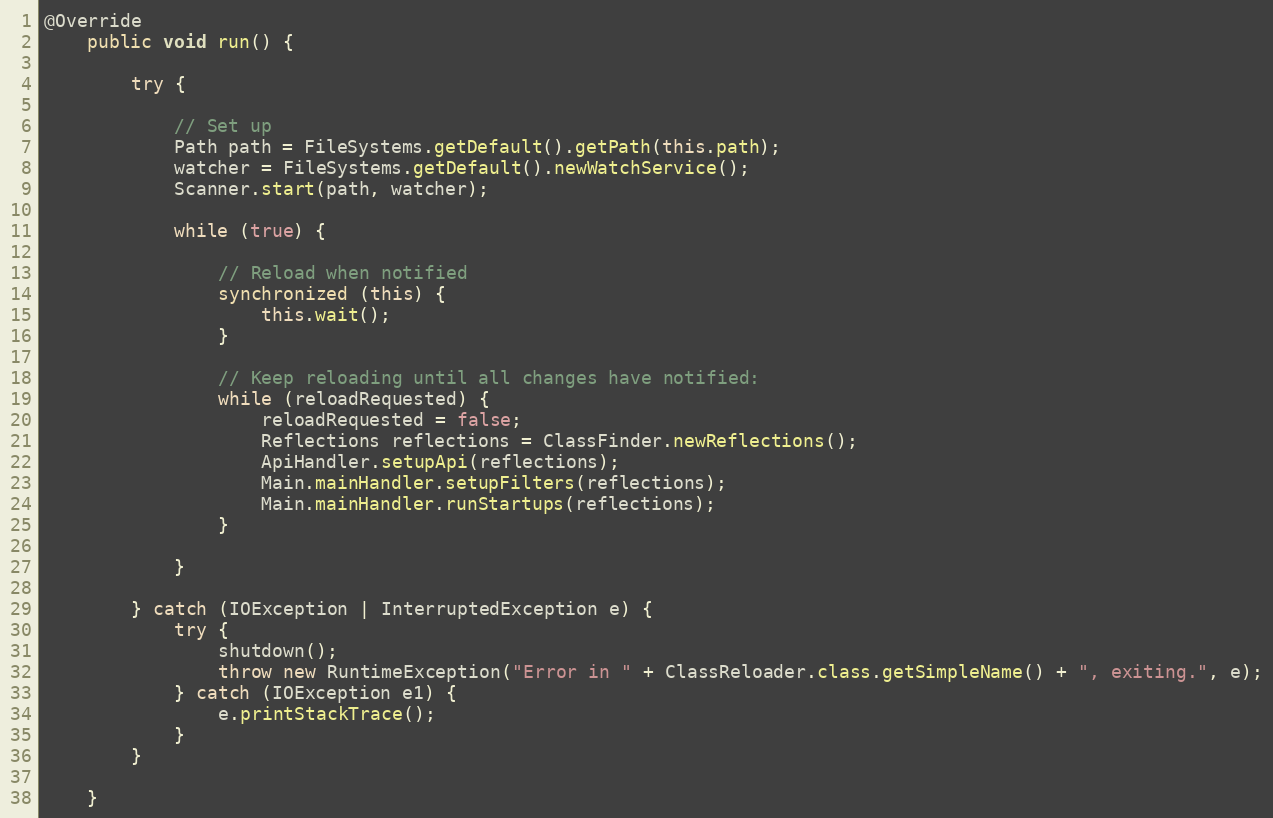
Language: Java
@Override
    public void run() {

        try {

            // Set up
            Path path = FileSystems.getDefault().getPath(this.path);
            watcher = FileSystems.getDefault().newWatchService();
            Scanner.start(path, watcher);

            while (true) {

                // Reload when notified
                synchronized (this) {
                    this.wait();
                }

                // Keep reloading until all changes have notified:
                while (reloadRequested) {
                    reloadRequested = false;
                    Reflections reflections = ClassFinder.newReflections();
                    ApiHandler.setupApi(reflections);
                    Main.mainHandler.setupFilters(reflections);
                    Main.mainHandler.runStartups(reflections);
                }

            }

        } catch (IOException | InterruptedException e) {
            try {
                shutdown();
                throw new RuntimeException("Error in " + ClassReloader.class.getSimpleName() + ", exiting.", e);
            } catch (IOException e1) {
                e.printStackTrace();
            }
        }

    }